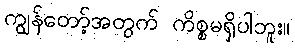
ကျွန်တော့်အတွက် ကိစ္စမရှိပါဘူး။